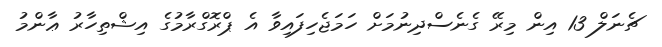
ޗެނަލް 13 އިން މިރޭ ގެނެސްދިނުމަށް ހަމަޖެހިފައިވާ އެ ޕްރޮގްރާމުގެ އިޝްތިހާރު ޢާންމު